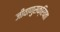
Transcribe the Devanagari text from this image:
जीवाणुसक्रियता